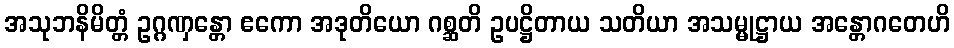
အသုဘနိမိတ္တံ ဥဂ္ဂဏှန္တော ဧကော အဒုတိယော ဂစ္ဆတိ ဥပဋ္ဌိတာယ သတိယာ အသမ္မုဋ္ဌာယ အန္တောဂတေဟိ